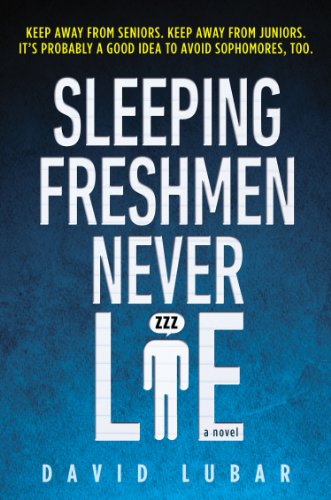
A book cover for Sleeping Freshmen Never Lie; David Lubar; Teen & Young Adult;